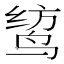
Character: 𫛯